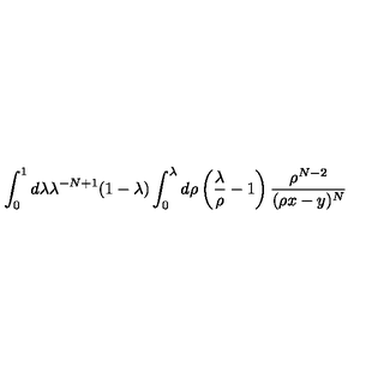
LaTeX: \int _ { 0 } ^ { 1 } d \lambda \lambda ^ { - N + 1 } ( 1 - \lambda ) \int _ { 0 } ^ { \lambda } d \rho \left( \frac { \lambda } { \rho } - 1 \right) \frac { \rho ^ { N - 2 } } { ( \rho x - y ) ^ { N } }